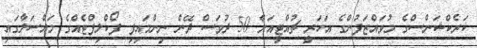
ކަރެކްޝަންސްގެ މުވައްޒަފުންގެ އަހަރީ ޗުއްޓީއަށް 50 ދުވަސް ދޭން ނިންމައިފި ފޯކްލިފްޓެއްގެ މައްސަލާގައި